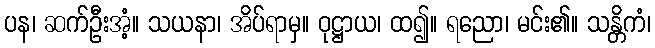
ပန၊ ဆက်ဦးအံ့။ သယနာ၊ အိပ်ရာမှ။ ဝုဋ္ဌာယ၊ ထ၍။ ရညော၊ မင်း၏။ သန္တိကံ၊